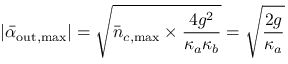
| \bar { \alpha } _ { \mathrm { o u t , m a x } } | = \sqrt { \bar { n } _ { c , \mathrm { m a x } } \times \frac { 4 g ^ { 2 } } { \kappa _ { a } \kappa _ { b } } } = \sqrt { \frac { 2 g } { \kappa _ { a } } }